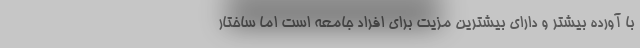
با آورده بیشتر و دارای بیشترین مزیت برای افراد جامعه است اما ساختار